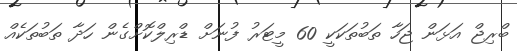
ބްރިޖް އަޅަން ޖަހާ ތަބުތަކަކީ 60 މީޓަރު ފުނަށް ޑްރިލްކޮށްގެން ހަދާ ތަބުތަކެއް